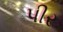
પીર